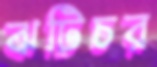
ঝটিচর